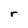
Character: r